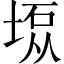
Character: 𫮇